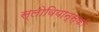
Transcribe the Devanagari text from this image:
स्लोवियान्स्की